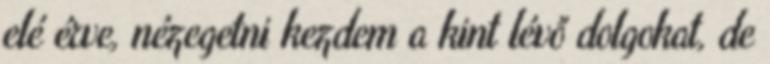
elé érve, nézegetni kezdem a kint lévő dolgokat, de